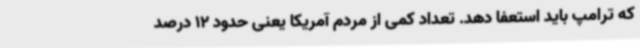
که ترامپ باید استعفا دهد. تعداد کمی از مردم آمریکا یعنی حدود 12 درصد